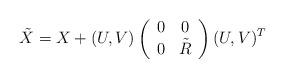
LaTeX: \begin{align*}\tilde X = X+ (U,V) \left( \begin{array}{cc} 0 & 0 \\ 0 & \tilde R \end{array} \right) (U,V)^T \end{align*}